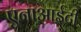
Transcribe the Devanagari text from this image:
एनाआईटी